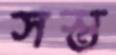
সস্ত